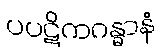
ပပဋိကဂန္ဓာနံ